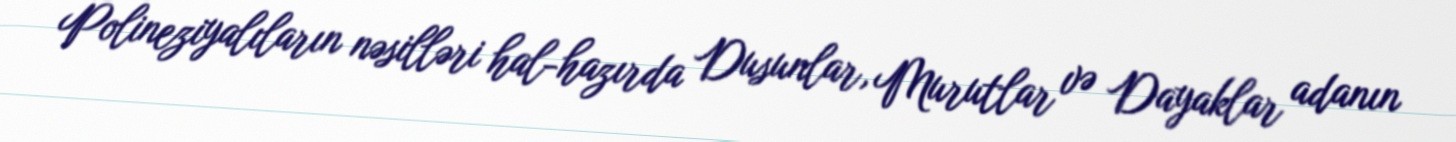
Polineziyalıların nəsilləri hal-hazırda Dusunlar, Murutlar və Dayaklar adanın